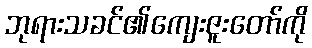
ဘုရားသခင်၏ကျေးဇူးတော်ကို